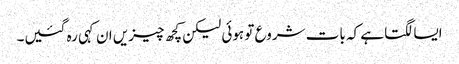
ایسا لگتا ہے کہ بات شروع تو ہوئی لیکن کچھ چیزیں ان کہی رہ گئیں۔